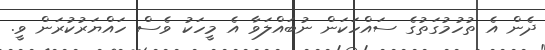
ދެން އެ ތުހުމުގަތުގެ ސައްހަކަން ނުބައްލަވާ އެ މީހަކު ވެސް ހައްޔަރުކުރަން ވީ.